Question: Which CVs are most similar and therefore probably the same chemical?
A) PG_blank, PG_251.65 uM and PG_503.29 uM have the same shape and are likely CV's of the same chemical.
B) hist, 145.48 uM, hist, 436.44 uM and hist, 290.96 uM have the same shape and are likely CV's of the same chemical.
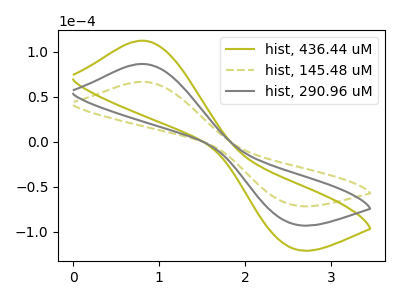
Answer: <think>The olive curve "hist, 436.44 uM" has an anodic peak at (0.80V, 173.25uA) and a cathodic peak at (2.55V, -182.25uA). The olive dashed curve "hist, 145.48 uM" has an anodic peak at (0.80V, 66.70uA) and a cathodic peak at (2.55V, -70.15uA). The gray curve "hist, 290.96 uM" has an anodic peak at (0.80V, 86.65uA) and a cathodic peak at (2.55V, -91.10uA).
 All the peaks in "hist, 436.44 uM" have a peak in "hist, 145.48 uM" at the same potential. Every peak in "hist, 436.44 uM" is higher than every peak in "hist, 145.48 uM". All the peaks in "hist, 436.44 uM" have a peak in "hist, 290.96 uM" at the same potential. Every peak in "hist, 436.44 uM" is higher than every peak in "hist, 290.96 uM". All the peaks in "hist, 145.48 uM" have a peak in "hist, 290.96 uM" at the same potential. Every peak in "hist, 145.48 uM" is lower than every peak in "hist, 290.96 uM".</think>
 <answer>B) "hist, 145.48 uM", "hist, 436.44 uM" and "hist, 290.96 uM" have the same shape and are likely CV's of the same chemical.</answer>
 <eval>B</eval>